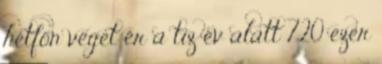
hétfőn véget ér a tíz év alatt 720 ezer